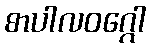
စာပါလဝဂ္ဂေါ